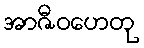
အာဇီဝဟေတု